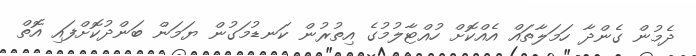
ދެމުން ގެންދާ ހަމަލާތައް އެއްކޮށް ހުއްޓާލުމުގެ އިތުރުން ކަނޑުމަގުން ޔަމަން ބަންދުކޮށްފައި އޮތް